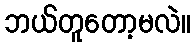
ဘယ်တူတော့မလဲ။